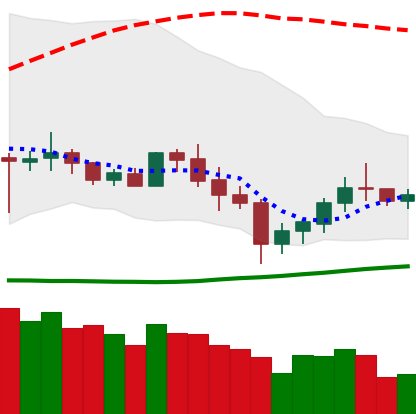
Ticker: XLM-USD
Chart end date: 2020-07-04
Forward return: 33.479%
Label: up_7plus